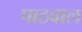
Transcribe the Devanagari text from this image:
पाठवाल